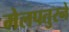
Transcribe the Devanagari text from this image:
मेलपतुरने